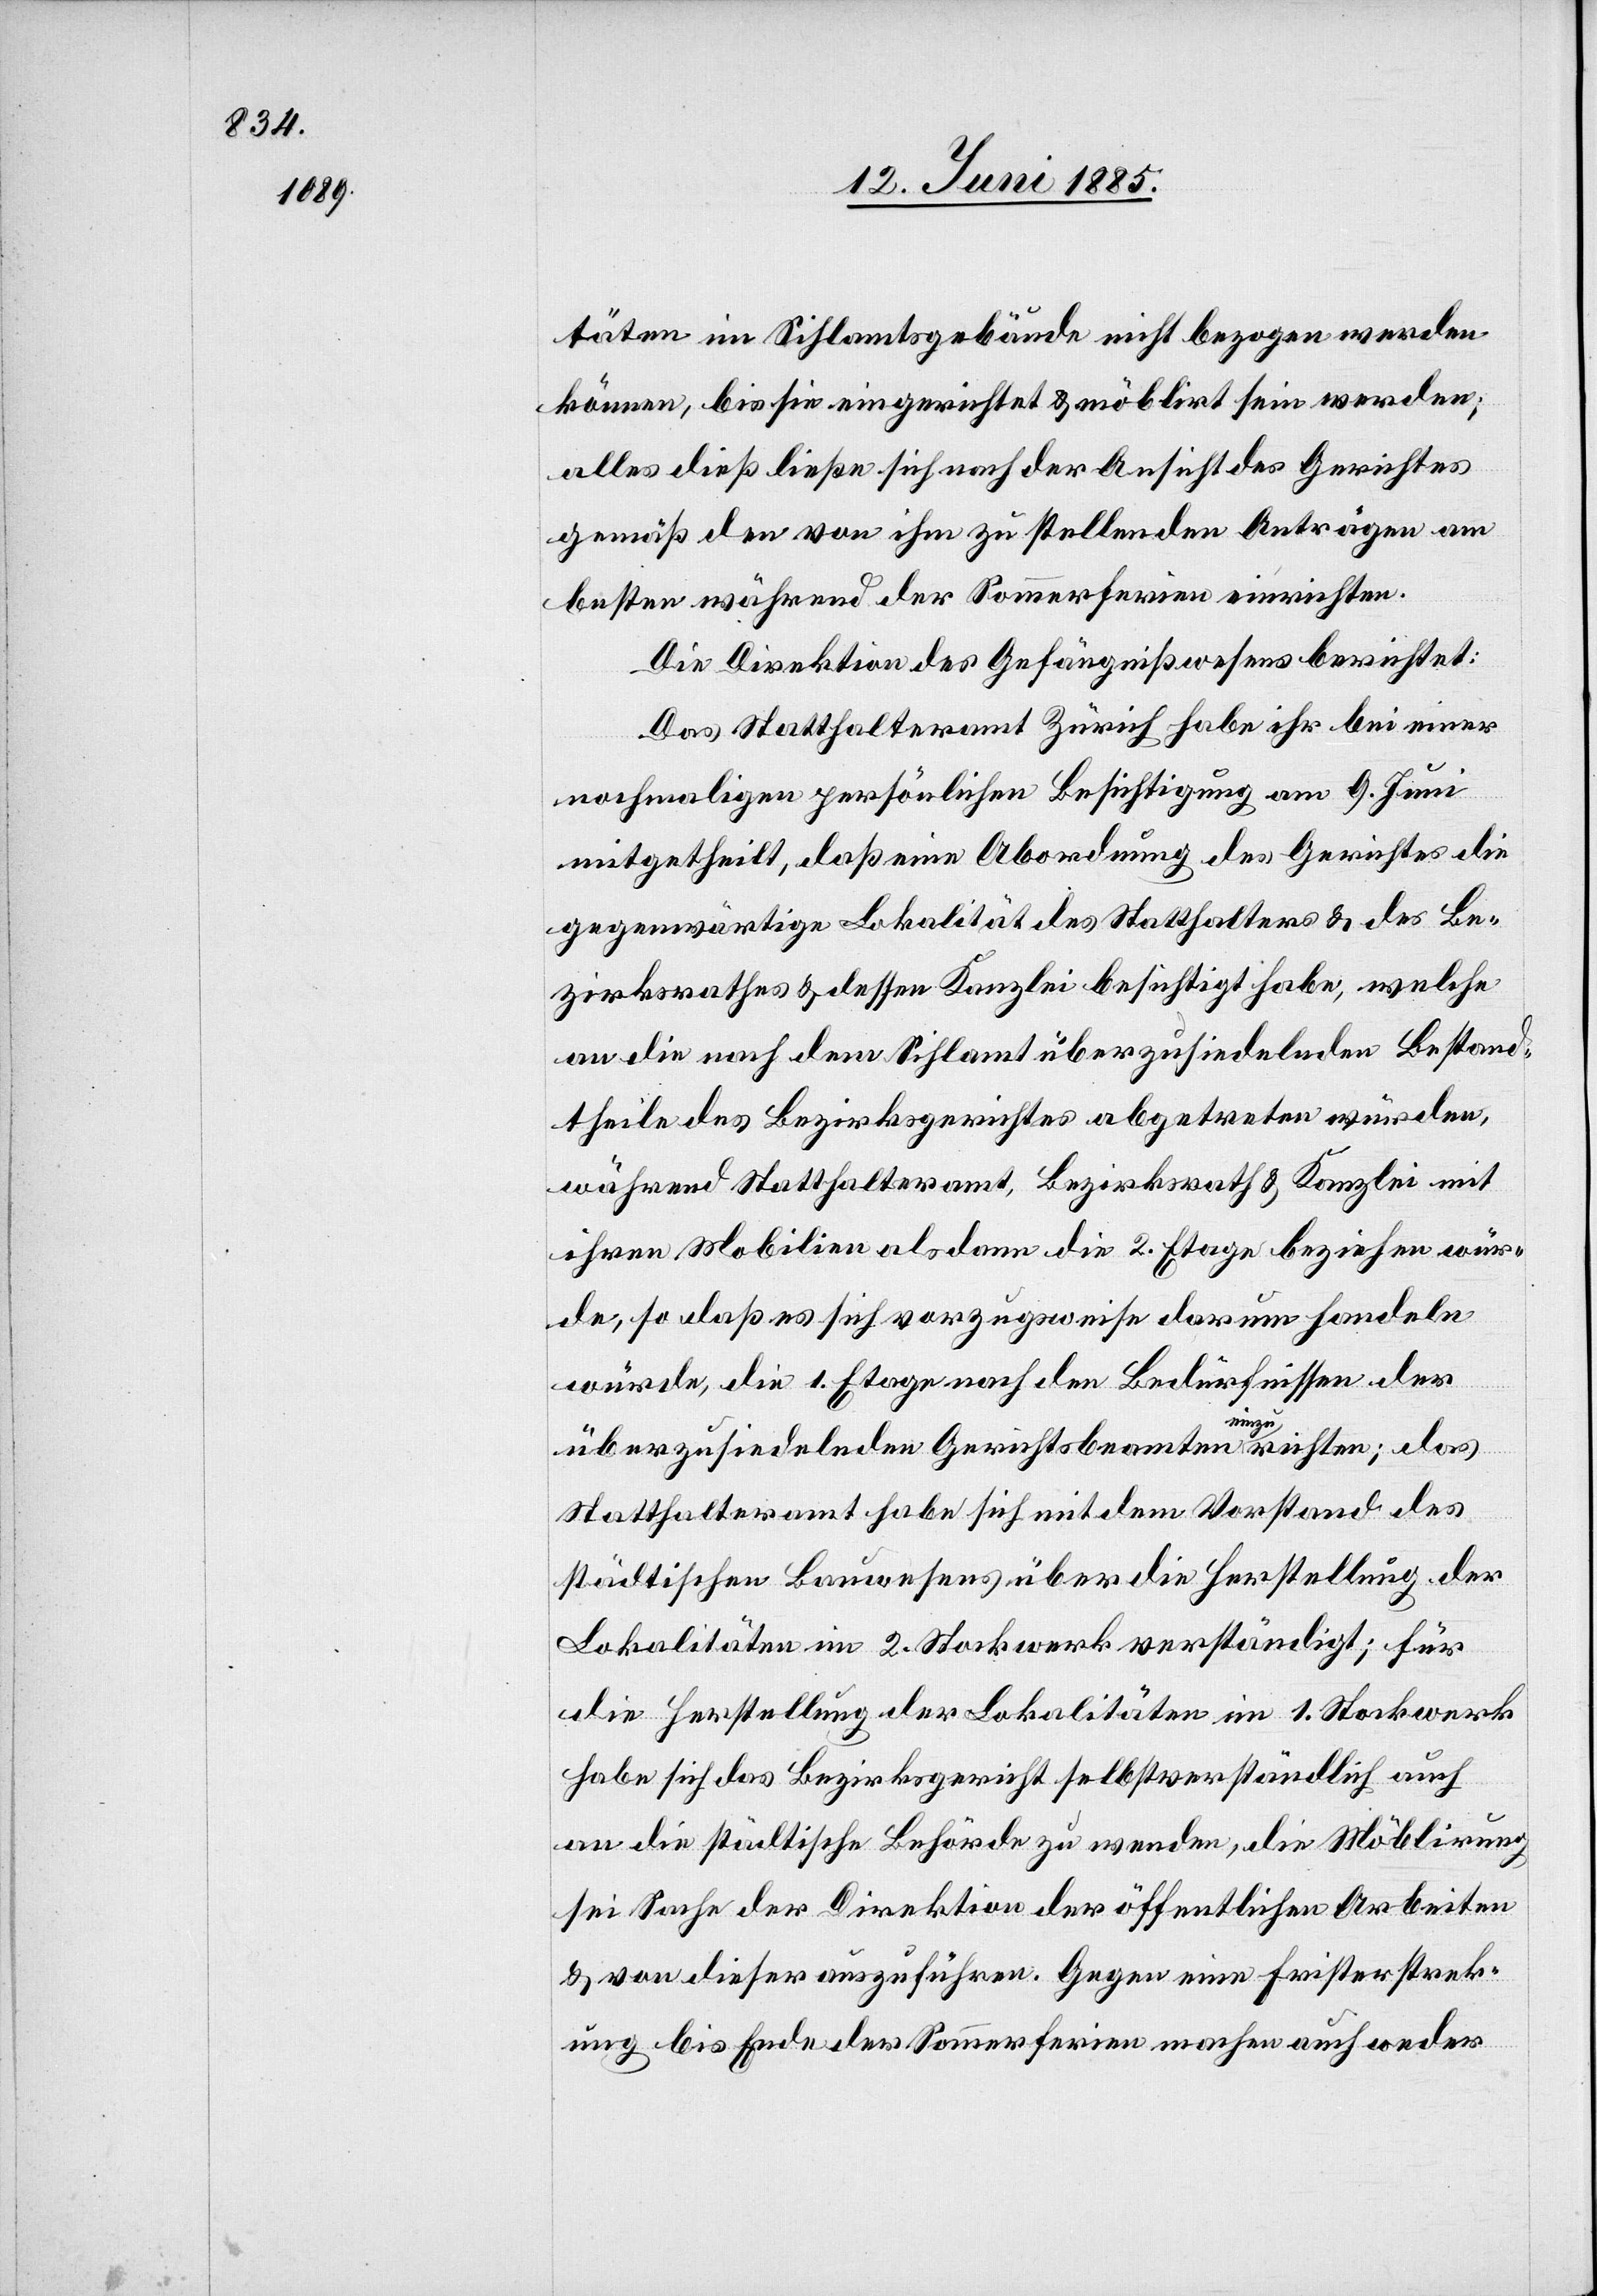
täten im Sihlamtsgebäude nicht bezogen werden
können, bis sie eingerichtet & möblirt sein werden;
alles dieß ließe sich nach der Ansicht des Gerichtes
gemäß den von ihm zu stellenden Anträgen am
besten während der Sommerferien einrichten.
Die Direktion des Gefängnißwesens berichtet:
Das Statthalteramt Zürich habe ihr bei einer
nochmaligen persönlichen Besichtigung am 9. Juni
mitgetheilt, daß eine Abordnung des Gerichtes die
gegenwärtige Lokalität des Statthalters & des Be¬
zirksrathes & dessen Kanzlei besichtigt habe, welche
an die nach dem Sihlamt überzusiedelnden Bestand¬
theile des Bezirksgerichtes abgetreten würden,
während Statthalteramt, Bezirksrath & Kanzlei mit
ihren Mobilien als dann die 2. Etage beziehen wür¬
den, so daß es sich vorzugsweise darum handeln
würde, die 1. Etage nach den Bedürfnissen der
überzusiedelnden Gerichtsbeamten einzurichten; das
Statthalteramt habe sich mit dem Vorstand des
städtischen Bauwesens über die Herstellung der
Lokalitäten im 2. Stockwerk verständigt; für
die Herstellung der Lokalitäten im 1. Stockwerk
habe sich das Bezirksgericht selbstverständlich auch
an die städtische Behörde zu wenden, die Möblirung
sei Sache der Direktion der öffentlichen Arbeiten
& von dieser auszuführen. Gegen eine Fristerstreck¬
ung bis Ende der Sommerferien machen auch weder